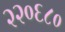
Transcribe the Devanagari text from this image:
२२०६८०